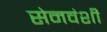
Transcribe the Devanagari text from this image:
सेनवंशी